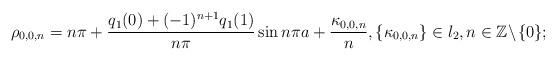
LaTeX: \begin{align*} \rho_{0,0,n}=n\pi+\frac{q_1(0)+(-1)^{n+1}q_1(1)}{n\pi}\sin n\pi a+\frac{\kappa_{0,0,n}}{n}, \{\kappa_{0,0,n}\}\in l_2,n\in\mathbb{Z}\!\setminus\!\{0\};\end{align*}